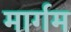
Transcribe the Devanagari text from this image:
मार्गम